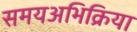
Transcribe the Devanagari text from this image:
समयअभिक्रिया